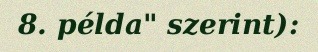
8. példa" szerint):